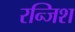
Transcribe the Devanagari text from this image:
रन्जिश